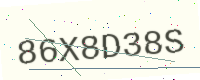
Text: 86X8D38S